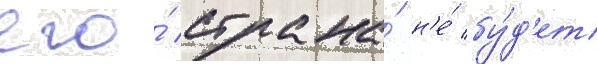
его́ страна́ н'е́ бу́д'ет